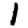
Digit: 1